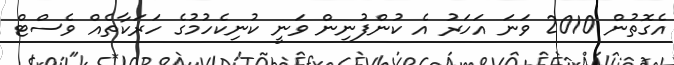
އެގޮތުން 2010 ވަނަ އަހަރު އެ ކުންފުނިން ވަނީ ކުނިކެހުމުގެ ހަރަކާތެއް ވެސްޓް